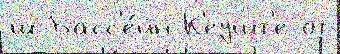
ш Басс'е́йн К'еушт'е от